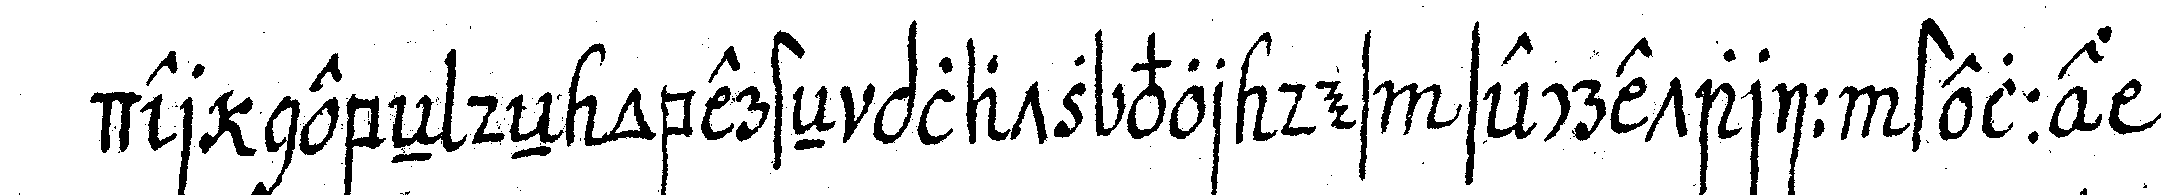
der nebeN deN obersteN platz vor des secretarii stelle